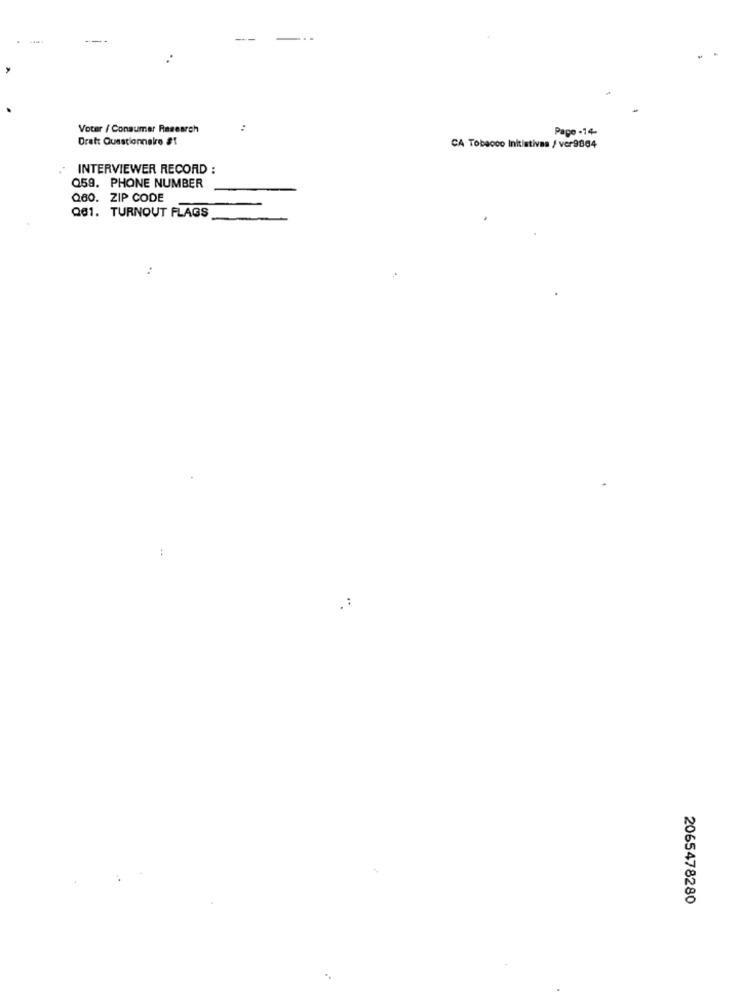
Voter / Consumer Research
..
Page -14-
Dratt Questionnaire #1
CA Tobacco Initiatives / ver9864
INTERVIEWER RECORD :
Q59. PHONE NUMBER
Q60. ZIP CODE
Q61. TURNOUT FLAGS
..
2065478280